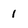
Character: i